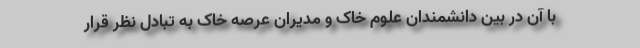
با آن در بین دانشمندان علوم خاک و مدیران عرصه خاک به تبادل نظر قرار